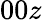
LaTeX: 00z